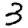
Digit: 3